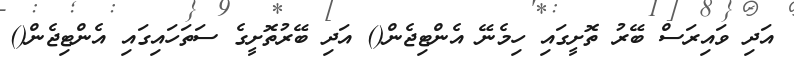
އަދި ވައިރަސް ބޭރު ތޮށީގައި ހިމެނޭ އެންޓިޖެން() އަދި ބޭރުތޮށީގެ ސަތަހައިގައި އެންޓިޖެން()